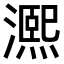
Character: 𤀠